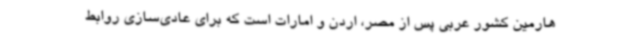
هارمین کشور عربی پس از مصر، اردن و امارات است که برای عادی‌سازی روابط